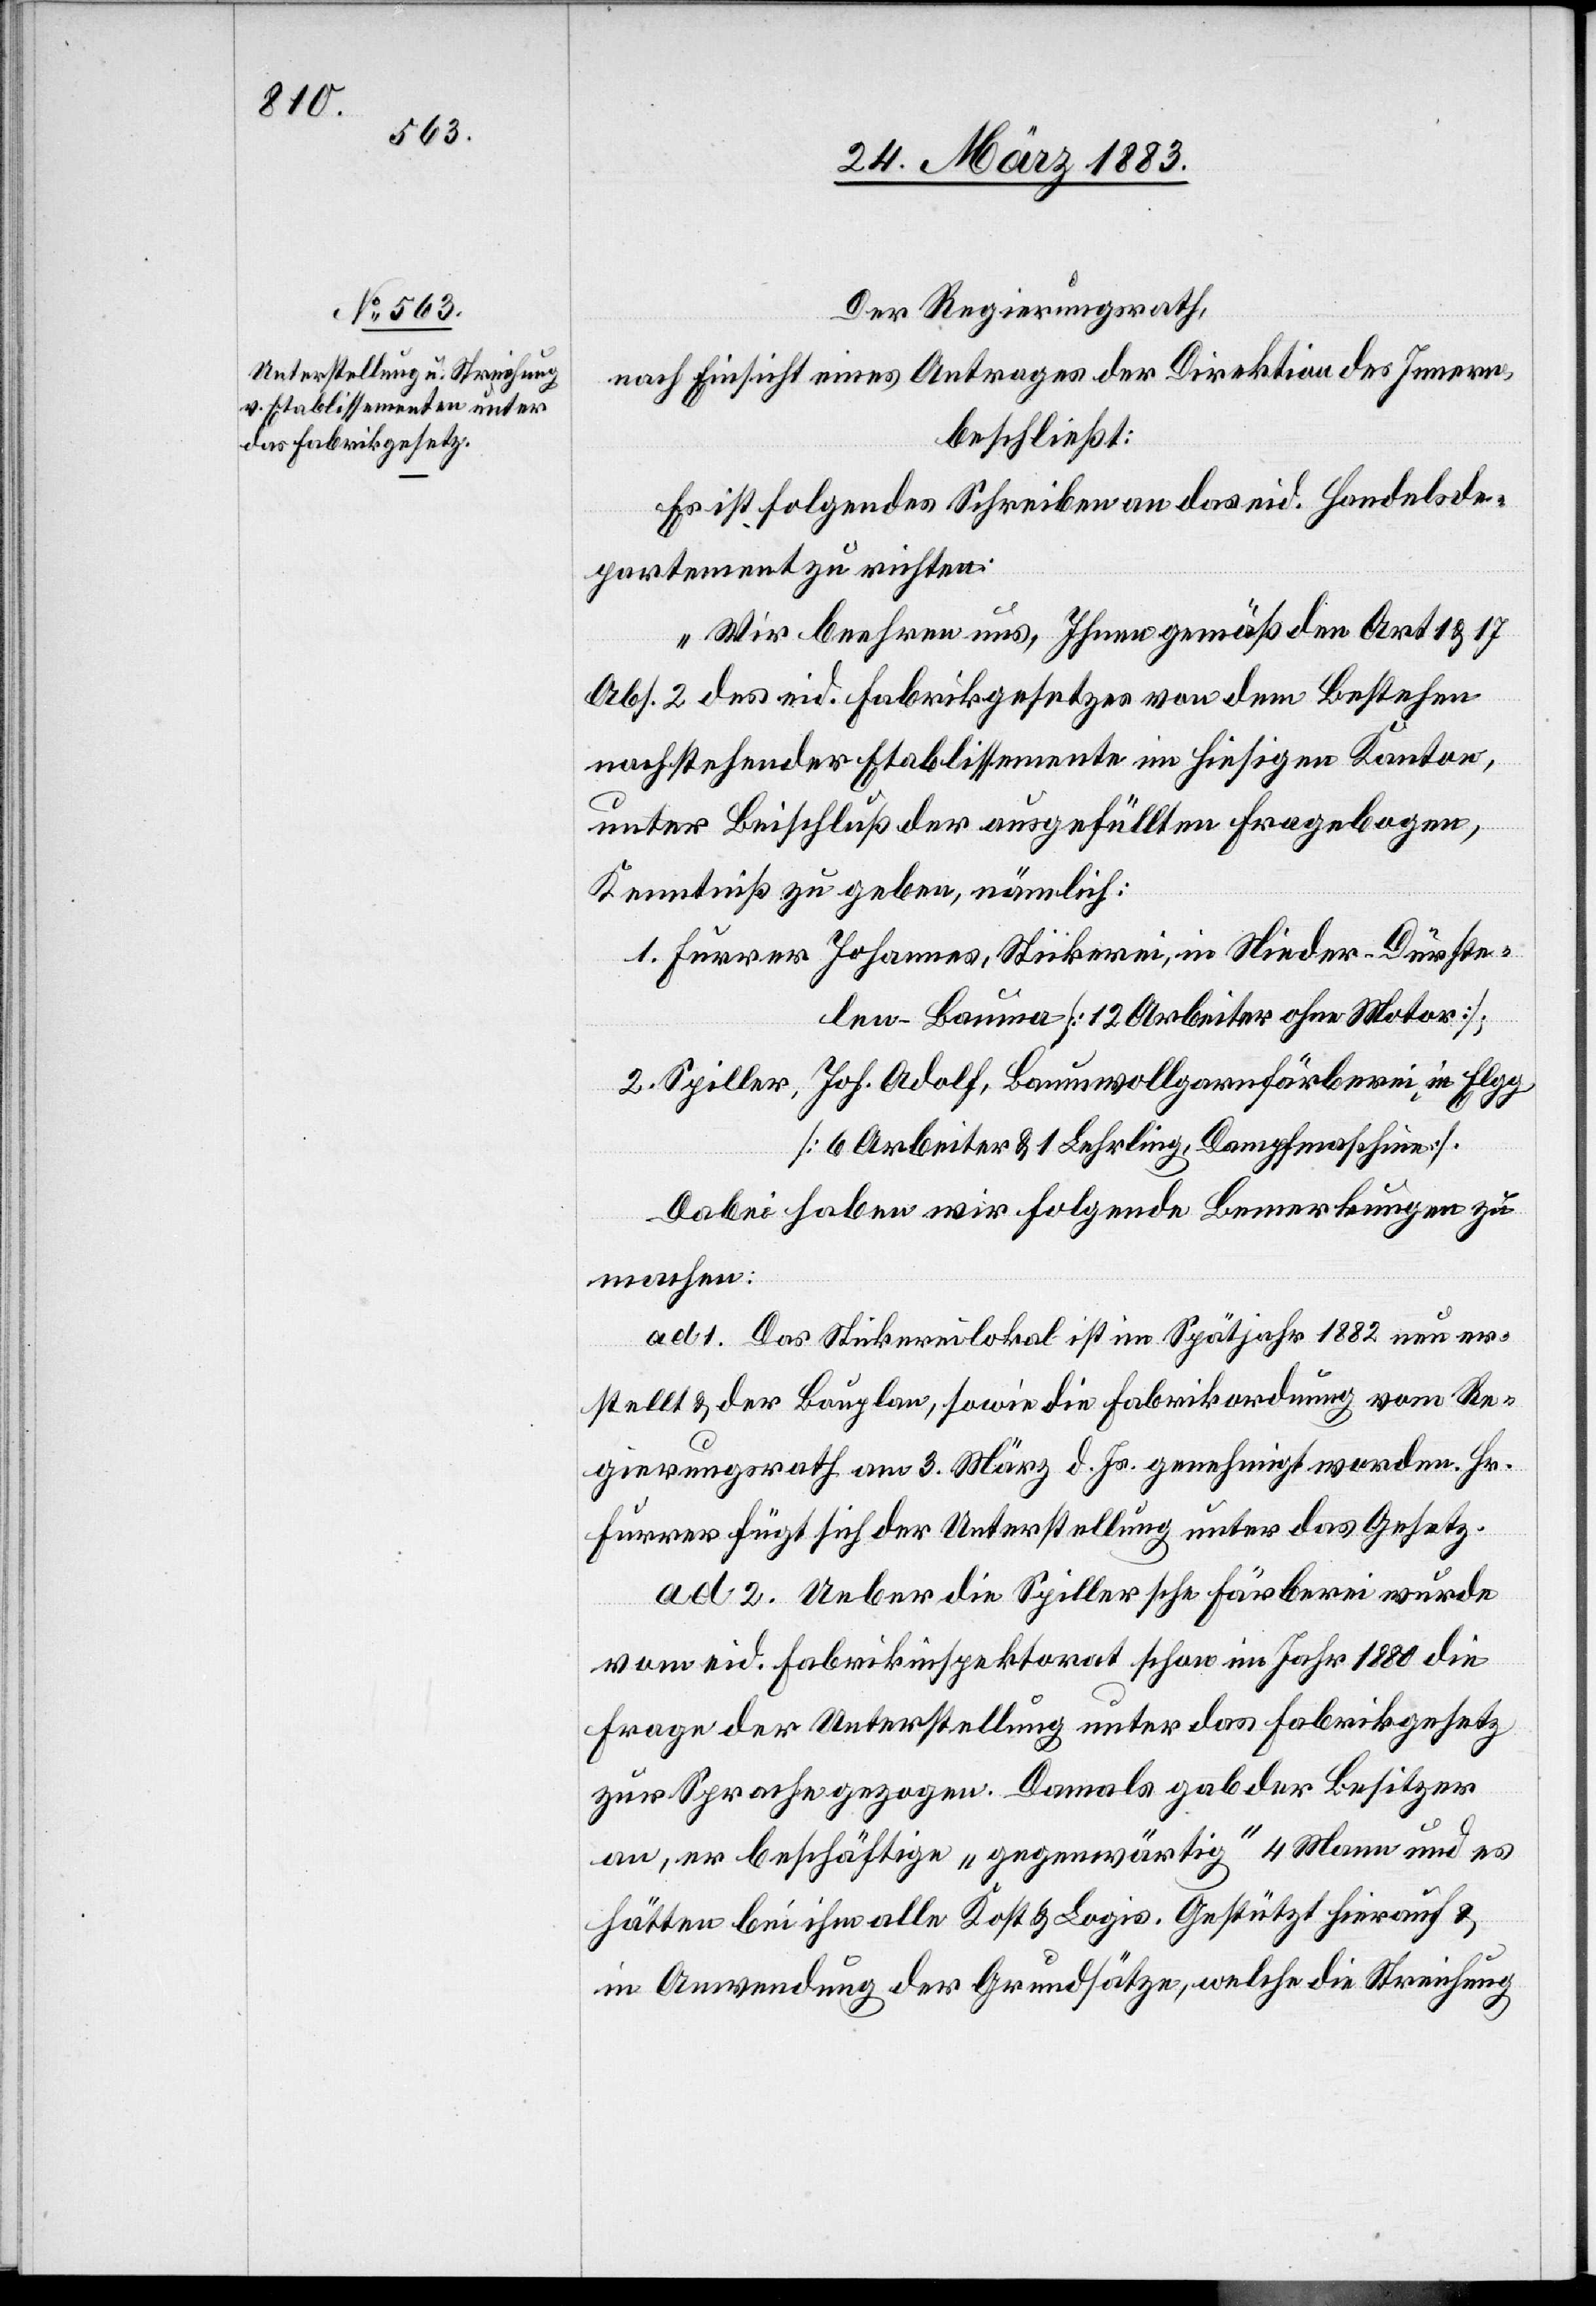
Der Regierungsrath,
nach Einsicht eines Antrages der Direktion des Innern,
beschließt:
Es ist folgendes Schreiben an das eid. Handelsde¬
partement zu richten:
„Wir beehren uns, Ihnen gemäß den Art 1 & 17
Abs. 2 des eid. Fabrikgesetzes von dem Bestehen
nachstehender Etablissemente im hiesigen Kanton,
unter Beischluß der ausgefüllten Fragebogen,
Kenntniß zu geben, nämlich:
1. Furrer Johannes, Stickerei, in Nieder-Dürste¬
len - Bauma [12 Arbeiter ohne Motor];
2. Spiller, Joh. Adolf, Baumwollgarnfärberei, in Elgg
[6 Arbeiter & 1 Lehrling, Dampfmaschine].
Dabei haben wir folgende Bemerkungen zu
machen:
ad 1. Das Stickereilokal ist im Spätjahr 1882 neu er¬
stellt & der Bauplan, sowie die Fabrikordnung vom Re¬
gierungsrath am 3. März d. Js. genehmigt worden. Hr.
Furrer fügt sich der Unterstellung unter das Gesetz.
ad 2. Ueber die Spillersche Färberei wurde
vom eid. Fabrikinspektorat schon im Jahr 1880 die
Frage der Unterstellung unter das Fabrikgesetz
zur Sprache gezogen. Damals gab der Besitzer
an, er beschäftige „gegenwärtig“ 4 Mann und es
hätten bei ihm alle Kost & Logis. Gestützt hierauf &
in Anwendung der Grundsätze, welche die Streichung